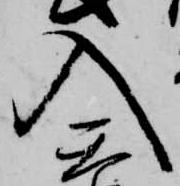
入